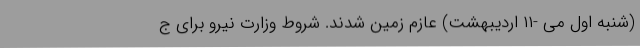
(شنبه اول می -۱۱ اردیبهشت) عازم زمین شدند. شروط وزارت نیرو برای ج